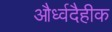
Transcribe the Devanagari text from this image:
और्ध्वदैहीक